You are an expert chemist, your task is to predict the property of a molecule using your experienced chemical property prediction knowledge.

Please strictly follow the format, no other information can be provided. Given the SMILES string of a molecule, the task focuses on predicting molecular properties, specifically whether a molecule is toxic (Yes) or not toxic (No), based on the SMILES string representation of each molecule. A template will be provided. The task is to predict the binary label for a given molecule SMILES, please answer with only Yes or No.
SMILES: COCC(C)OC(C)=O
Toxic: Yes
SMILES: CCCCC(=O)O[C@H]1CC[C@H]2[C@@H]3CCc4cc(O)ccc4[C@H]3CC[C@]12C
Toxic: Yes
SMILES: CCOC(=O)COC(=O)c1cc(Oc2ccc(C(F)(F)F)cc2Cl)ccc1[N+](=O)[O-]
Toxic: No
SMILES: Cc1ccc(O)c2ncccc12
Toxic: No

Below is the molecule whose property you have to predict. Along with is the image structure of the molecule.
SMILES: O=c1nc([O-])n(Cl)c(=O)n1Cl
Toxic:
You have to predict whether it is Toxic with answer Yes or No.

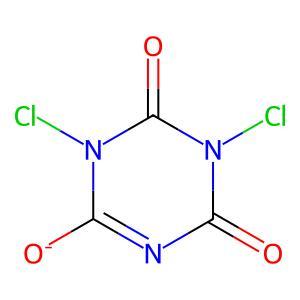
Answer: No